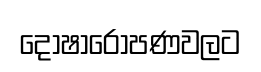
දෝෂාරෝපණවලට